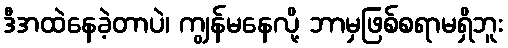
ဒီအထဲနေခဲ့တာပဲ၊ ကျွန်မနေလို့ ဘာမှဖြစ်စရာမရှိဘူး